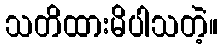
သတိထားမိပါသတဲ့။